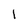
Character: I